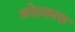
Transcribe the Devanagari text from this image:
कोहकाफ